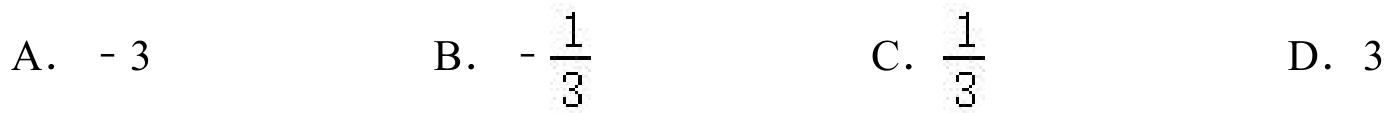
A. \(-3\)
B. \(-\frac{1}{3}\)
C. \(\frac{1}{3}\)
D. \(3\)